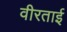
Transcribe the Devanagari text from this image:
वीरताई